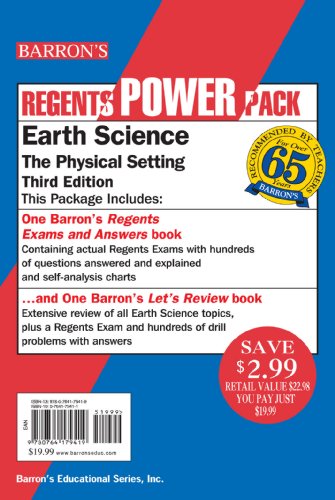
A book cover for Earth Science Power Pack (Regents Power Packs); Edward J. Denecke  Jr.; Test Preparation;